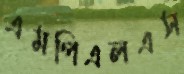
এমপিএলএস